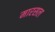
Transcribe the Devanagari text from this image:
मारसल